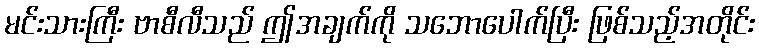
မင်းသားကြီး ဗာစီလီသည် ဤအချက်ကို သဘောပေါက်ပြီး ဖြစ်သည့်အတိုင်း